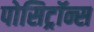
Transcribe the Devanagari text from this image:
पोसिट्रॉन्स